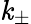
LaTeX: \mathit{k}_{\pm}